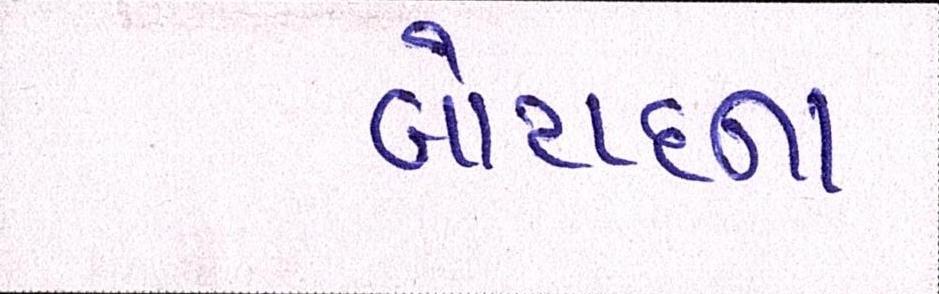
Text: બોટાદના